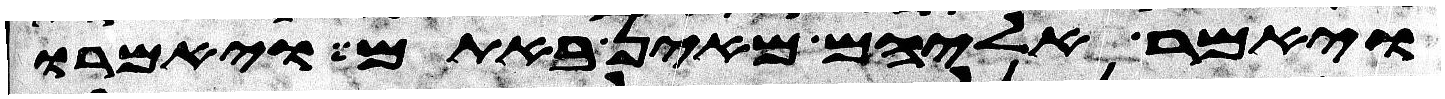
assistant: ויאמר אליהם מאין באתם ויאמרו